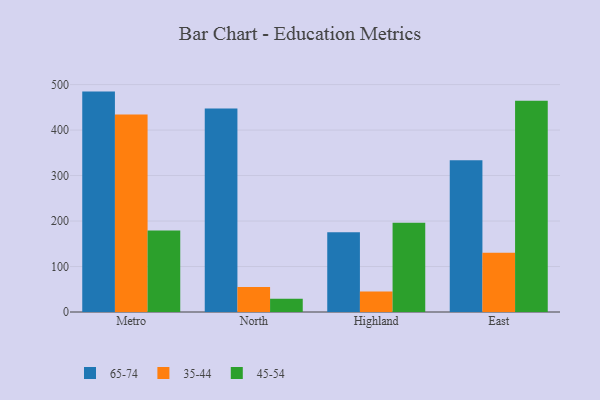
{"axis": {"x": "Region", "y": "Latency (ms)"}, "legend": ["35-44", "45-54", "65-74"], "data": [{"x": "Metro", "y": 484.6, "type": "65-74"}, {"x": "Metro", "y": 434.5, "type": "35-44"}, {"x": "Metro", "y": 179.2, "type": "45-54"}, {"x": "North", "y": 447.7, "type": "65-74"}, {"x": "North", "y": 54.7, "type": "35-44"}, {"x": "North", "y": 29.0, "type": "45-54"}, {"x": "Highland", "y": 175.6, "type": "65-74"}, {"x": "Highland", "y": 45.0, "type": "35-44"}, {"x": "Highland", "y": 196.4, "type": "45-54"}, {"x": "East", "y": 333.6, "type": "65-74"}, {"x": "East", "y": 130.0, "type": "35-44"}, {"x": "East", "y": 464.5, "type": "45-54"}]}